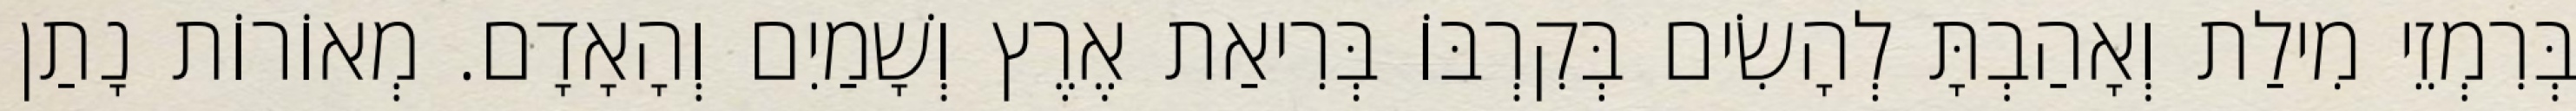
בְּרִמְזֵי מִילַת וְאָהַבְתָּ לְהָשִׂים בְּקִרְבּוֹ בְּרִיאַת אֶרֶץ וְשָׁמַיִם וְהָאָדָם. מְאוֹרוֹת נָתַן